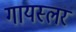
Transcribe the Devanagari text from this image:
गायस्लर